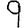
Digit: 9